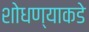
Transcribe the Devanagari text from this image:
शोधण्याकडे